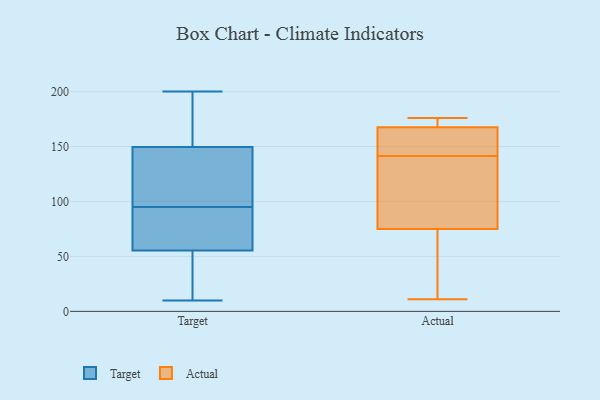
{"axis": {"x": "Budget (USD K)", "y": "Value"}, "legend": ["Actual", "Target"], "data": [{"x": "", "y": 95, "type": "Target"}, {"x": "", "y": 75, "type": "Target"}, {"x": "", "y": 88, "type": "Target"}, {"x": "", "y": 139, "type": "Target"}, {"x": "", "y": 30, "type": "Target"}, {"x": "", "y": 177, "type": "Target"}, {"x": "", "y": 182, "type": "Target"}, {"x": "", "y": 196, "type": "Target"}, {"x": "", "y": 31, "type": "Target"}, {"x": "", "y": 49, "type": "Target"}, {"x": "", "y": 99, "type": "Target"}, {"x": "", "y": 200, "type": "Target"}, {"x": "", "y": 79, "type": "Target"}, {"x": "", "y": 153, "type": "Target"}, {"x": "", "y": 83, "type": "Target"}, {"x": "", "y": 114, "type": "Target"}, {"x": "", "y": 10, "type": "Target"}, {"x": "", "y": 38, "type": "Target"}, {"x": "", "y": 105, "type": "Target"}, {"x": "", "y": 37, "type": "Actual"}, {"x": "", "y": 168, "type": "Actual"}, {"x": "", "y": 94, "type": "Actual"}, {"x": "", "y": 151, "type": "Actual"}, {"x": "", "y": 114, "type": "Actual"}, {"x": "", "y": 11, "type": "Actual"}, {"x": "", "y": 169, "type": "Actual"}, {"x": "", "y": 176, "type": "Actual"}, {"x": "", "y": 167, "type": "Actual"}, {"x": "", "y": 56, "type": "Actual"}, {"x": "", "y": 132, "type": "Actual"}, {"x": "", "y": 162, "type": "Actual"}]}